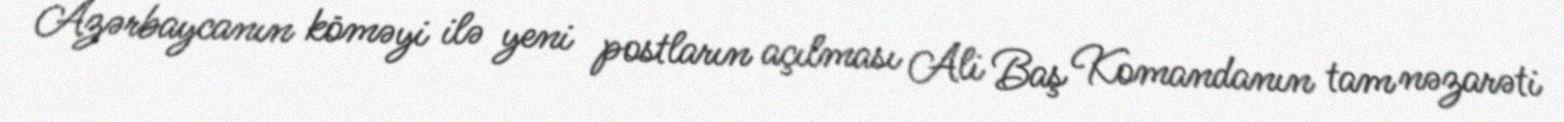
Azərbaycanın köməyi ilə yeni postların açılması Ali Baş Komandanın tam nəzarəti